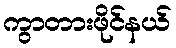
ကွာတားဖိုင်နယ်